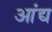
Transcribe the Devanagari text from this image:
आंद्य